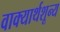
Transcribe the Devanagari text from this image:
वाक्यार्थशून्य